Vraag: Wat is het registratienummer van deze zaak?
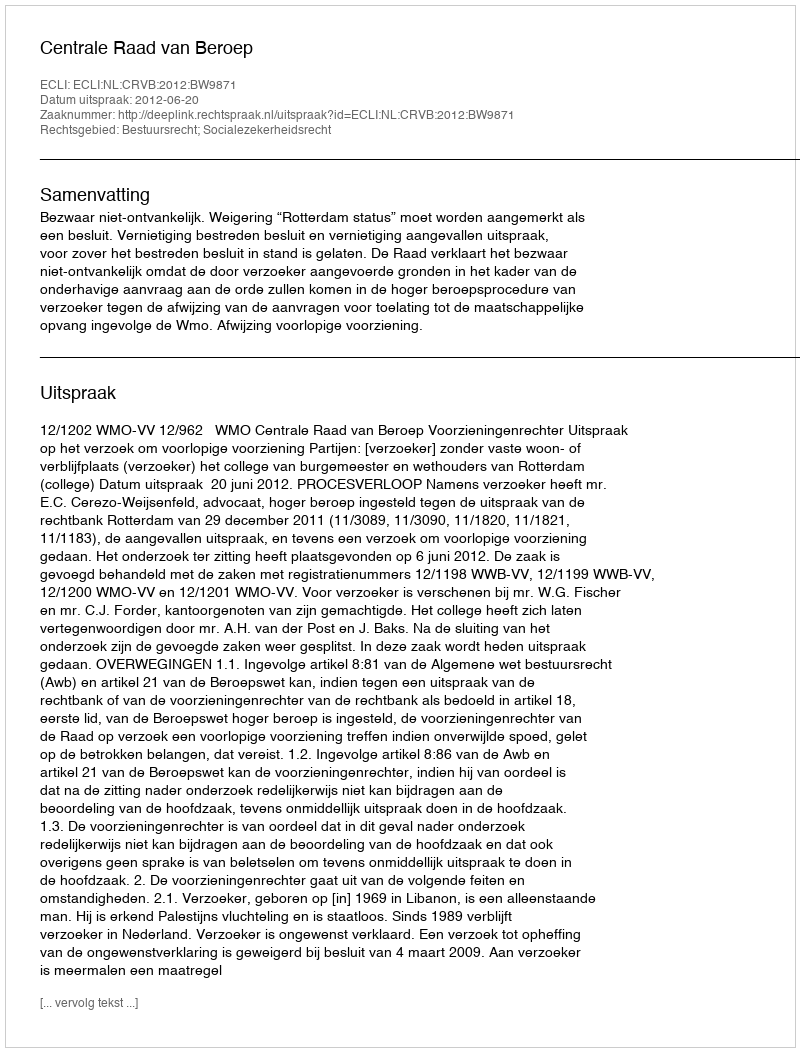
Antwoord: http://deeplink.rechtspraak.nl/uitspraak?id=ECLI:NL:CRVB:2012:BW9871